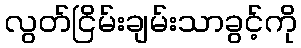
လွတ်ငြိမ်းချမ်းသာခွင့်ကို